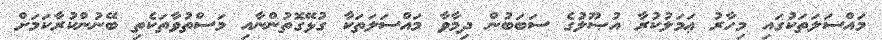
މައްސަލަތަކުގައި މިހާރު ޢަމަލުކުރާ އުޞޫލުގެ ސަބަބުން ދިމާވާ މައްސަލަތަކާ ގުޅޭގޮތުންނާއި މަސްތުވާތަކެތި ބޭނުންކުރާކަމަށް